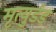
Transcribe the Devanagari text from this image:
मृत्युडंड